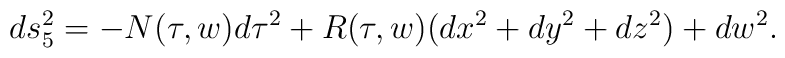
ds_5^2 = -N(\tau,w)d\tau^2 + R(\tau,w)(dx^2+dy^2+dz^2) + dw^2.